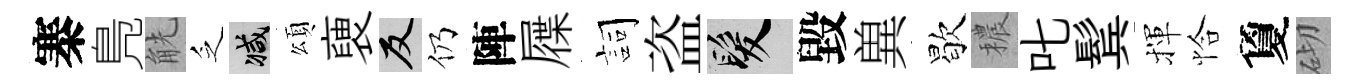
寨鳬觥乏减頌褏反仍陣屧詞盗髮毀兾歇穠叱鬂揮恰夐砌